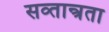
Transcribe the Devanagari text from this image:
सव्तान्त्रता